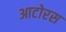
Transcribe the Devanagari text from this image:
आटोरस